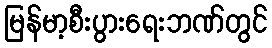
မြန်မာ့စီးပွားရေးဘဏ်တွင်